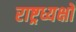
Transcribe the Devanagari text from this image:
राष्ट्रध्यक्षों